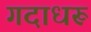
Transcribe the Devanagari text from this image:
गदाधरू